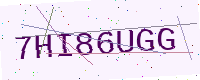
Text: 7HI86UGG